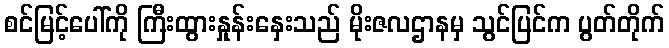
စင်မြင့်ပေါ်ကို ကြီးထွားနှုန်းနှေးသည် မိုးဇလဌာနမှ သွင်ပြင်က ပွတ်တိုက်